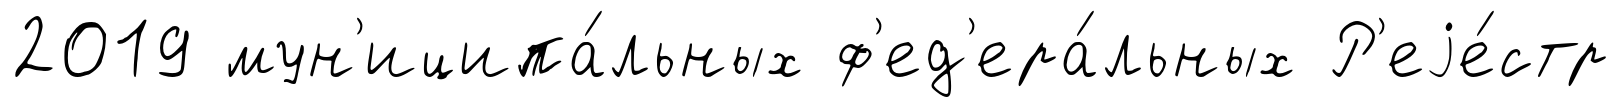
2019 мун'иципа́льных ф'ед'ера́льных Р'еjе́стр